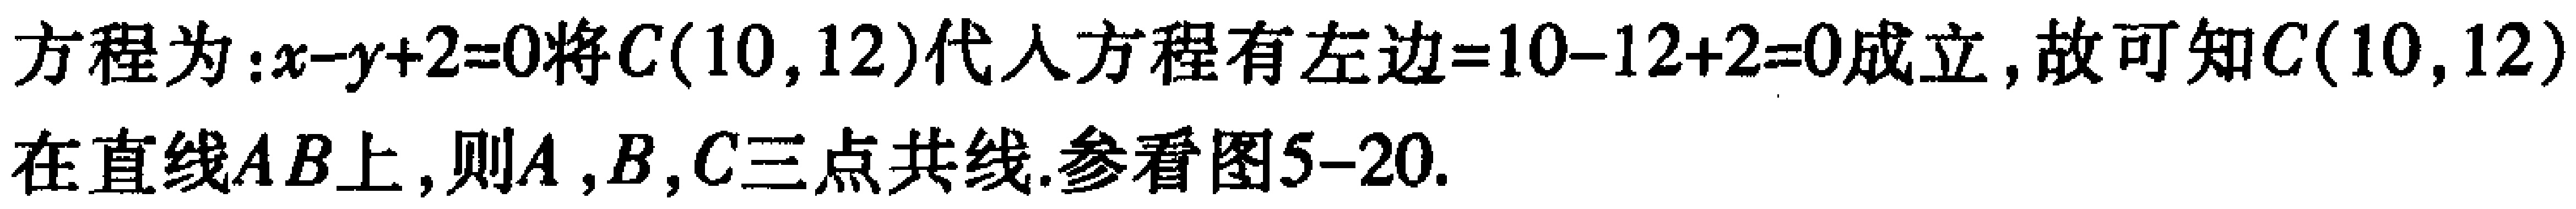
方程为：\(x - y + 2 = 0\)将\(C(10,12)\)代入方程有左边\(=10 - 12 + 2 = 0\)成立，故可知\(C(10,12)\)在直线\(AB\)上，则\(A,B,C\)三点共线.参看图5-20.